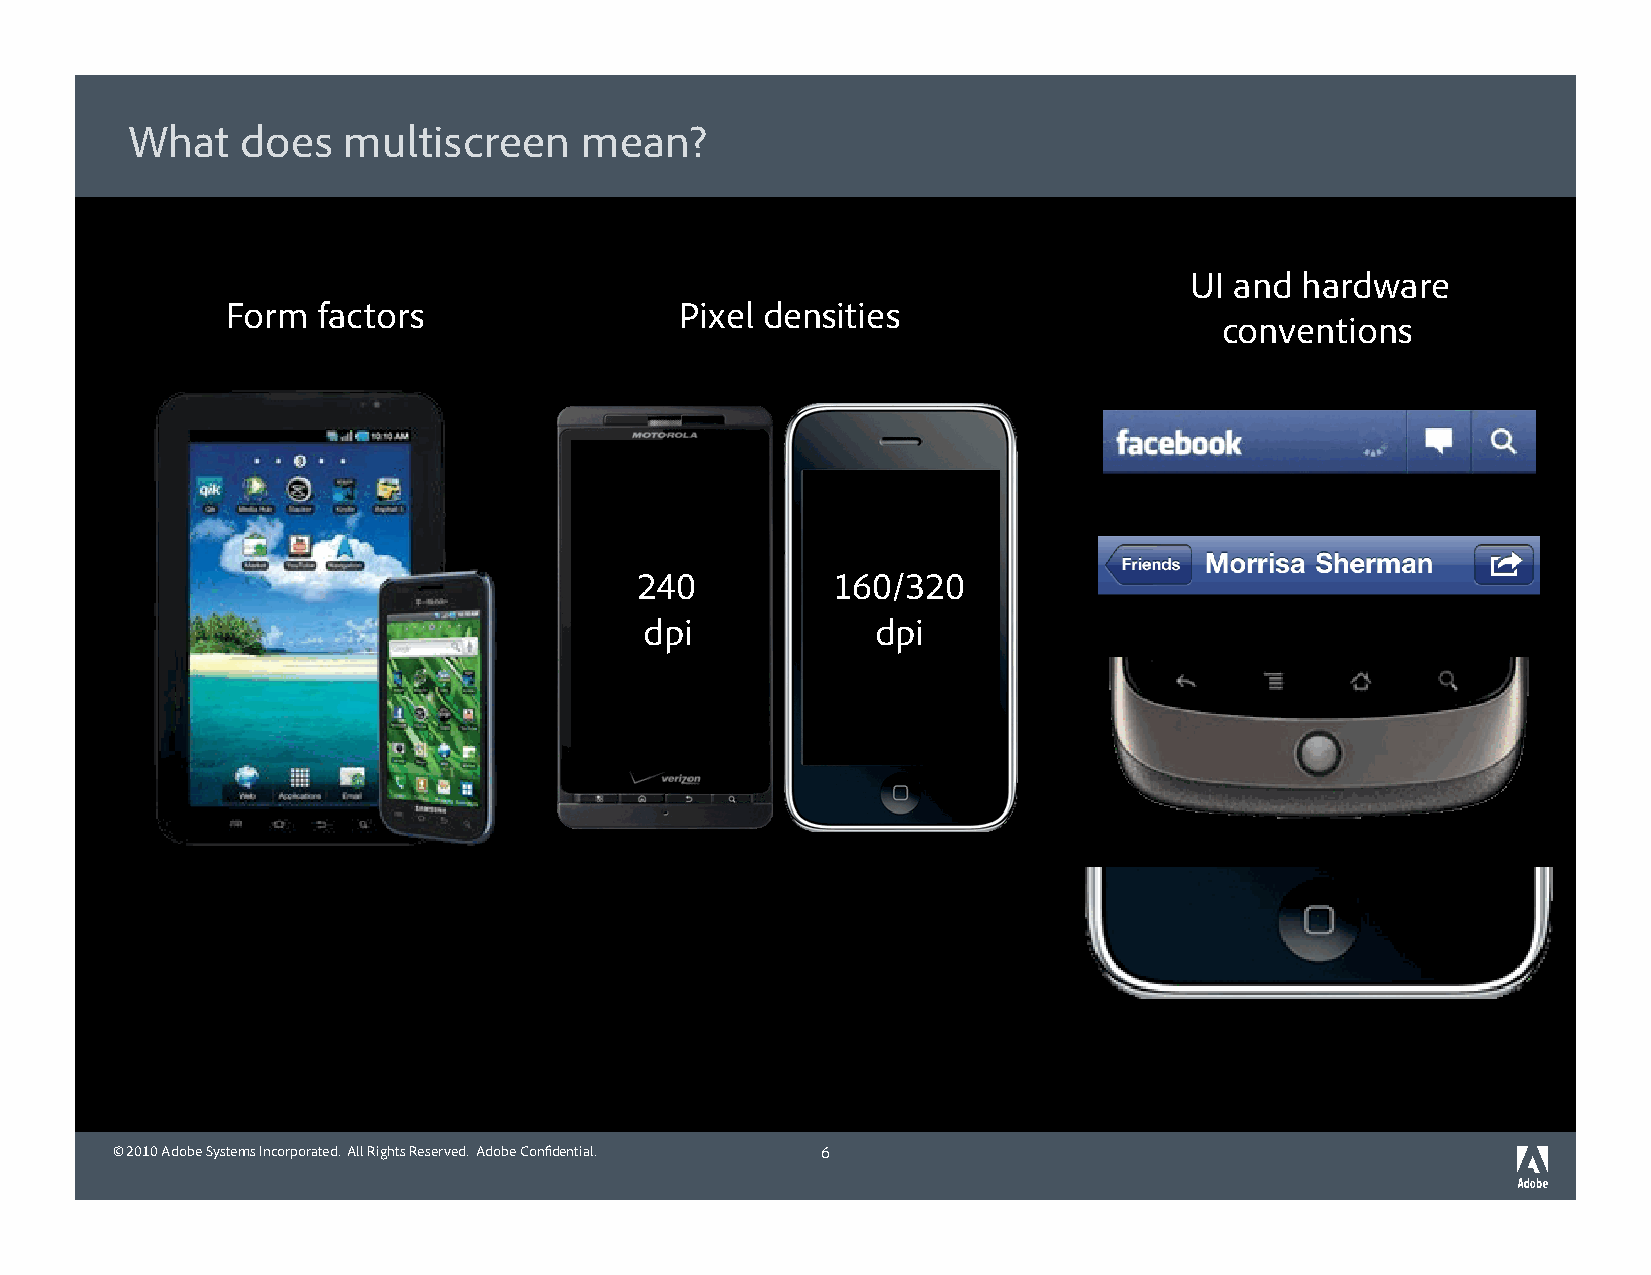
What    does   multiscreen    mean?
 UI and hardware
 Form  factors                 Pixel densities
 conventions
 240          160/320
 dpi            dpi
 © 2010 Adobe Systems Incorporated. All Rights Reserved. Adobe Confidential. 6